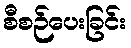
စီစဉ်ပေးခြင်း